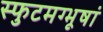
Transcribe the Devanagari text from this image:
स्फुटमग्भूषां